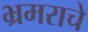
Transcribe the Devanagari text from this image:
भ्रमराचे